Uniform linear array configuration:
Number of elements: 4
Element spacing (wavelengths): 0.75
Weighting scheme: hann
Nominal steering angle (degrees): -45
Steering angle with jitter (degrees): -46.728
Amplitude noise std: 0.05
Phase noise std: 0.05

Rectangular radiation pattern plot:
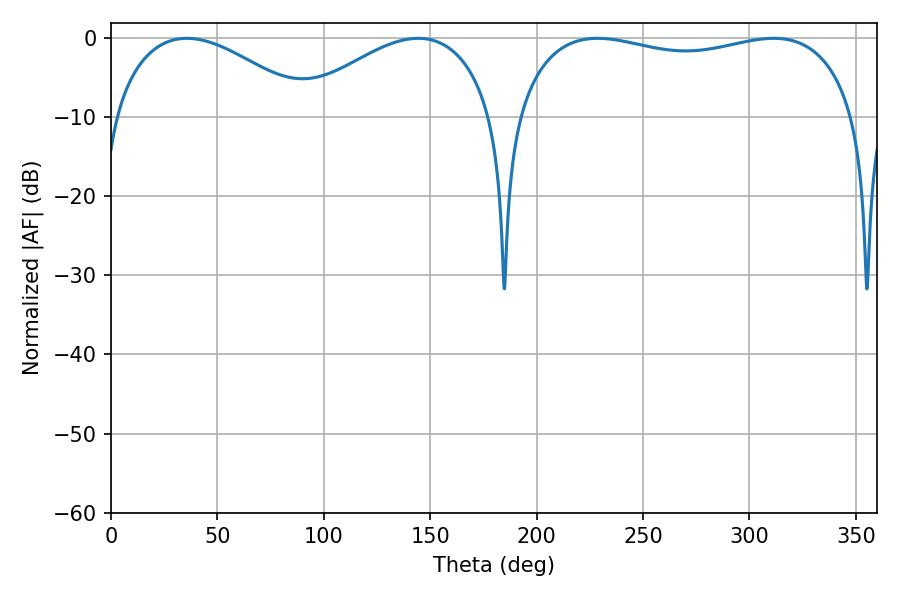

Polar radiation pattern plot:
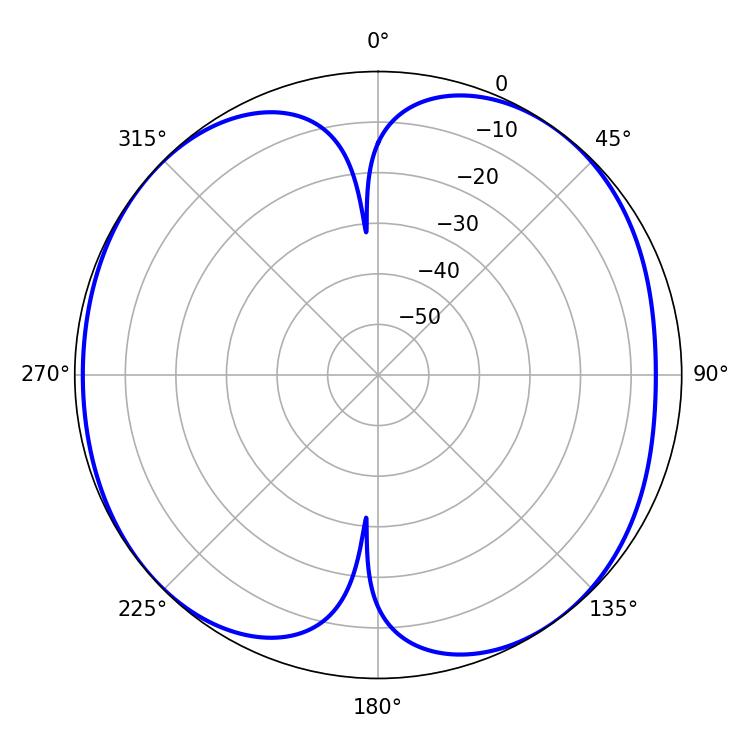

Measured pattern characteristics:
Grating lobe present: TRUE
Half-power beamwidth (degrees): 51.66
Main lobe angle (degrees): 35.64